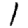
Digit: 1